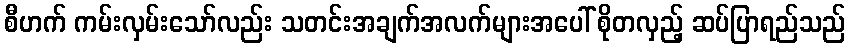
စီဟက် ကမ်းလှမ်းသော်လည်း သတင်းအချက်အလက်များအပေါ် စိုတလှည့် ဆပ်ပြာရည်သည်